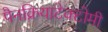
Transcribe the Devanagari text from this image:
पैनक्रियाटेक्टोमी